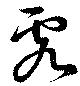
虎